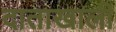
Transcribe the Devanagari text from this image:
दाताखाली